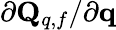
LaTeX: {\partial\mathbf{Q}_{q,f}}/{\partial\mathbf{q}}